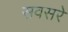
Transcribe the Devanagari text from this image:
सवसरे